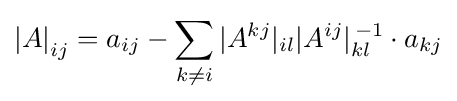
\left|A\right|_{ij}=a_{ij}-\sum _{k\neq i}|A^{kj}|_{il}|A^{ij}|_{kl}^{\,-1}\cdot a_{kj}